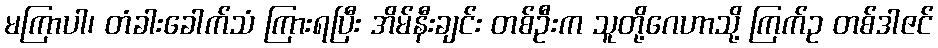
မကြာပါ၊ တံခါးခေါက်သံ ကြားရပြီး အိမ်နီးချင်း တစ်ဦးက သူတို့ဂေဟာသို့ ကြက်ဥ တစ်ဒါဇင်